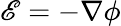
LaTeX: \mathscr{E}=-\nabla\phi